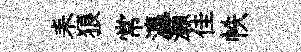
耒狼常瀛灝佳帙